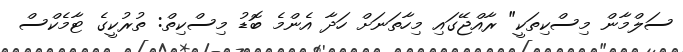
ސަލްމާން މިސްކިތަކީ" ރާއްޖޭގައި މިހާތަނަށް ހަދާ އެންމެ ބޮޑު މިސްކިތް: ތުރުކީގެ ޓާމެކްސް